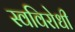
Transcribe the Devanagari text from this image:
स्वविरोधी